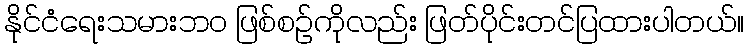
နိုင်ငံရေးသမားဘဝ ဖြစ်စဉ်ကိုလည်း ဖြတ်ပိုင်းတင်ပြထားပါတယ်။